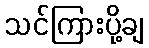
သင်ကြားပို့ချ